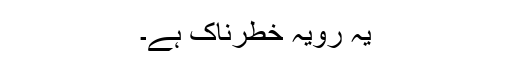
یہ رویہ خطرناک ہے۔